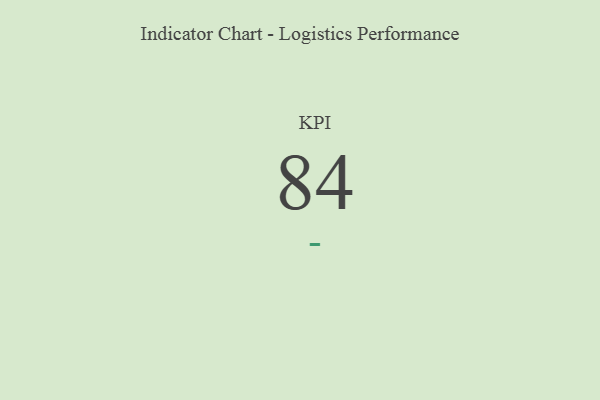
{"axis": {"x": "KPI", "y": "Value"}, "legend": [""], "data": [{"x": "KPI", "y": 84, "type": ""}]}